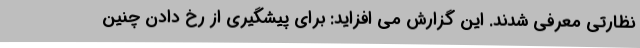
نظارتی معرفی شدند. این گزارش می افزاید: برای پیشگیری از رخ دادن چنین